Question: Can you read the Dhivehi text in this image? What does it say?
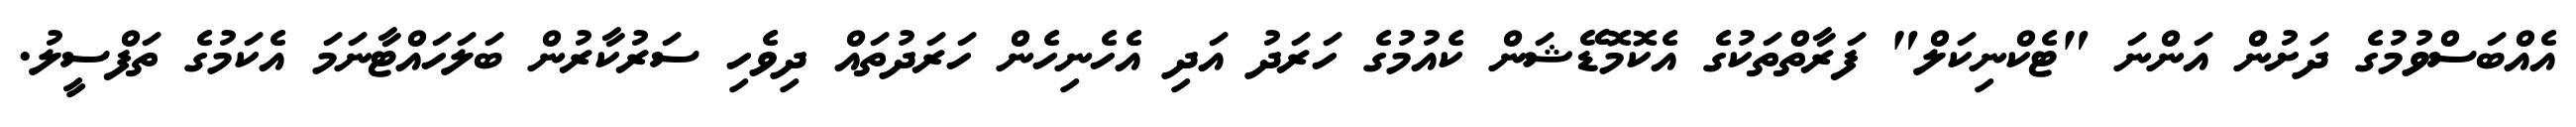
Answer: އެއްބަސްވުމުގެ ދަށުން އަންނަ "ޓެކްނިކަލް" ފަރާތްތަކުގެ އެކޮމޮޑޭޝަން ކެއުމުގެ ހަރަދު އަދި އެހެނިހެން ހަރަދުތައް ދިވެހި ސަރުކާރުން ބަލަހައްޓާނަމަ އެކަމުގެ ތަފްސީލު.